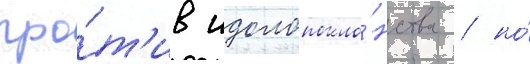
про́т'ив идолопокло́нства / но́